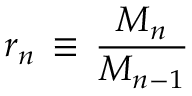
r _ { n } \, \equiv \, \frac { M _ { n } } { M _ { n - 1 } }